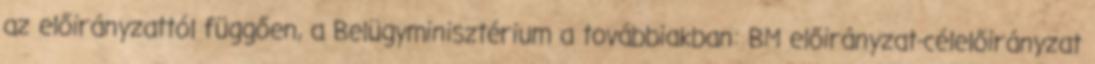
az előirányzattól függően, a Belügyminisztérium a továbbiakban: BM előirányzat-célelőirányzat